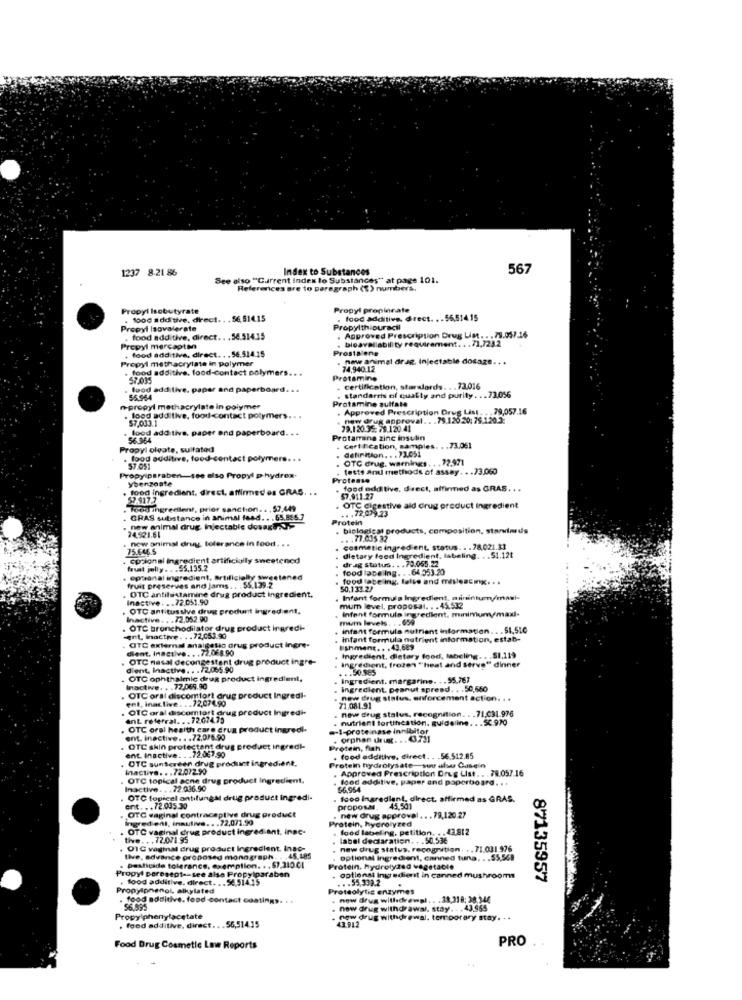
1237 8.21 86
Index to Substances
567
See also "Current Index lo Substances" at page 101.
References are to paragraph (t) numbers.
Propyl Isobutyrate
Propyl propinrate
. 1000 additive. direct .. . 56,514.15
. food additive, direct. . . 56.514.15
Propyl Isovalerate
Propylthiouracil
food additive, direct .. . 54.514.15
bioavailability requirement. . . 71.7232
Approved Prescription Drug List. . . 79.057.16
Propyl mercaptan
, food additive, direct. . . 56.514.15
Prostalene
Prepyl methacrylate in polymer
new animal drag. Injectable dosage. . .
. food additive. food-contact polymers .. .
74,940.12
57.035
Protamino
food additive. paper and paperboard. ..
. standardis of quality and purity. .. 73.056
. certification, starslords. . . 73.016
56.964
Protamine zulfala
npropyl methacrylate In polymer
. Approved Prescription Drug List. . . 79,057.16
. food additive, food-contact polymers. . .
57,033.1
new drug approval. . . 79.12020: 76.120.3:
food additive, paper and paperboard. . .
79.120.35: 79.120.41
56.964
Protamina zinc insulin
Propyl oleate, sulfated
Certification, samples. . . 73.051
definition. . . 73.051
food auditive, food-contact polymers. . .
. OTC drug. warnings. . . 72.971
$7.051
. tests and methods of assay. . . 73,060
Propylparaben-see also Propyl p-hydrox-
ybenzoate
Protease
food ingredient, direct, affirmed es GRAS. .
food additive, direct, affirmed as GRAS .. .
52-917.7
57.911.27
Food ingredient, prior sanction. . . $7.449
.. . 72,079.23
OTC digestive ald drug product Ingredient
GRAS substance in animal fand. . . 65.885.7
Protein
new animal drug Injectable dowagros
24.521.61
. biological products, composition, starviards
new animal druy. tolerance in food ..
.. . 77.035 32
75.646.5
cosmetic ingredient, status. . . 78,021.33
cosignal Ingredient artificially sweetened
dietary foed Ingredient, labeling. . . $1.12t
drag status. . . 79.055.22
faust jelly . . . $5.135.2
food lace Ing. . . 64.553.20
epsonal ingredient, artificially sweetened
fruit preserves and jams. . . 55.139.2
food labe ing, false and mislescng. . .
OTC antilsistamine drug product ingredient.
50.133.2/
Inactive . .. 72.051.90
Infant formula Ingredient, minintum/mawi-
OTC antitussive drug produnt ingredient.
infont formula ingredient, minimum maxi-
mum level, proposal. .. 45532
Inactive. . . 72,052.90
mum levels. . . 659
OTC bronchodilator drug product ingredi-
infant formula nutrient information .. . $1,510
ent. inactive. .. 72,053.90
infant formula nutrient information, estab-
dient. Inactive .. . 72.068.90
OTC external analgetio drug product Ingre-
Ishment. . . 43.689
OTC nasal decongestant drug product ingre-
. ingredient, frozen ""heat and serve" dinner
Ingredient, dietary food, labeling .. . SI,119
dient, Inactive. . . 72.065.90
. .. 50.965
OTC oph thalmic drug product ingredient,
Ingredient. margarine. . . 55.767
Inactive. . . 72.069.90
ingredient, peanut spread. . . 50,560
OTC oral discomfort drug product Ingredi-
ent, Inactive. .. 72,074.90
new drug status, enforcement action. . .
OTC oral discomtort drug product Ingredi-
71.081.91
new drug stalus, recognition. . . 71,031.976
ent referral. .. 72.674.75
nutrient fortification. guideline. . . SC.970
OTC oral health care drug product ingredi-
.- 1-proteinase inhibitor
ent. inactive. . . 72,0/6.90
. orphan drugt. .. 43.731
OTC skin protectent drug product ingredi-
ent. Inactive. . . 72,067.90
Protein, fish
. OTC sunterden drug product ingredient,
. food additive, direct. . . 56.512.85
Inactive. . . 72.072.90
Protein hydrolysate-suur also Casein
Approved Prescription Drug List .. . 79.057.16
OTC topical acne drug product Ingredient.
food additive, paper and paperboard. . i
Inactive. . . 72.036.90
56,954
OTC topicel antifungal drug product ingredi-
. food Ingredient, direct, affirmed as GRAS.
ent. .. 72.035.30
OTC vaginal contraceptive drug product
proposa. 45,501
ingred ent, insulive .. . 72,071.99
Protein, hydrolyzed
. new drug approval. . . 79,120.27
OTC vaginal drug product ingred ant. inac-
food labeling. petition. .. 43.812
tive. .. 72.071 95
label declaration. . . 50,536
OTC vaginal drug product Ingredient. inac-
. new drug status, recognition. . . 71.031.976
live, advance proposed monograph.
.45 185
optional ingredient, canned tuna. .. $5,568
Propyl porosept -- see also Propylparaben
pesticide tolerance, exemption. . . $7.31001
Protein, hydrolyzed vegetable
, food additive. direct. .. $6,51415
.. . 55,333.2
optionst Ingredient in canned mushrooms
87135957
Propylphenol alkylated
Proteolytic enzymes
food additive. food -contact coatings. ..
new drug withdrewpl .. . 38,318: 38 346
56,595
now drug withdrawal. stay. . . 43.565
Propy phenylacetate
. food additive, direct ... 56,514.15
43.912
new drug withdrawal. temporary stay. . .
PRO
Food Drug Cosmetic Law Reports